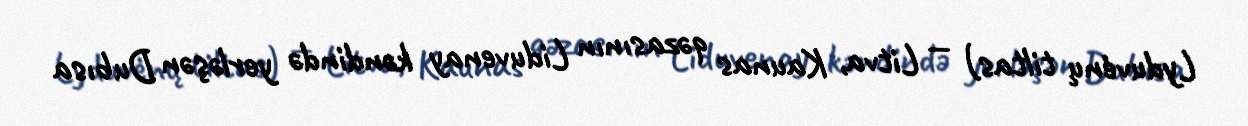
Lyduvėnų tiltas) — Litva, Kaunas qəzasının Liduvenay kəndində yerləşən Dubısa